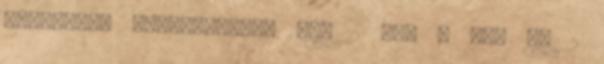
szeretném megtekinteni HUF 2 850 3 563 Ft 2